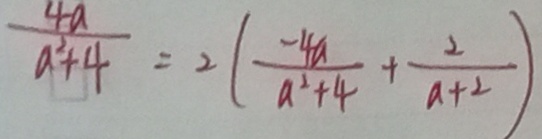
\frac { 4 a } { a ^ { 2 } + 4 } = 2 ( \frac { - 4 a } { a ^ { 2 } + 4 } + \frac { 2 } { a + 2 } )